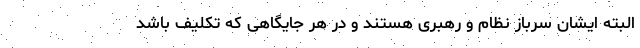
البته ایشان سرباز نظام و رهبری هستند و در هر جایگاهی که تکلیف باشد